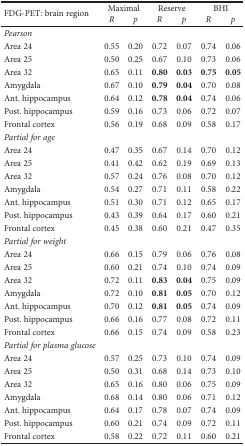
<table><thead><tr><td rowspan="2"><b>FDG-PET: brain region</b></td><td colspan="2"><b>Maximal</b></td><td colspan="2"><b>Reserve</b></td><td colspan="2"><b>BHI</b></td></tr><tr><td><b><i>R</i></b></td><td><b><i>p</i></b></td><td><b><i>R</i></b></td><td><b><i>p</i></b></td><td><b><i>R</i></b></td><td><b><i>p</i></b></td></tr></thead><tbody><tr><td><i>Pearson</i></td><td></td><td></td><td></td><td></td><td></td><td></td></tr><tr><td>Area 24</td><td>0.55</td><td>0.20</td><td>0.72</td><td>0.07</td><td>0.74</td><td>0.06</td></tr><tr><td>Area 25</td><td>0.50</td><td>0.25</td><td>0.67</td><td>0.10</td><td>0.73</td><td>0.06</td></tr><tr><td>Area 32</td><td>0.65</td><td>0.11</td><td><b>0.80</b></td><td><b>0.03</b></td><td><b>0.75</b></td><td><b>0.05</b></td></tr><tr><td>Amygdala</td><td>0.67</td><td>0.10</td><td><b>0.79</b></td><td><b>0.04</b></td><td>0.70</td><td>0.08</td></tr><tr><td>Ant. hippocampus</td><td>0.64</td><td>0.12</td><td><b>0.78</b></td><td><b>0.04</b></td><td>0.74</td><td>0.06</td></tr><tr><td>Post. hippocampus</td><td>0.59</td><td>0.16</td><td>0.73</td><td>0.06</td><td>0.72</td><td>0.07</td></tr><tr><td>Frontal cortex</td><td>0.56</td><td>0.19</td><td>0.68</td><td>0.09</td><td>0.58</td><td>0.17</td></tr><tr><td><i>Partial for age</i></td><td></td><td></td><td></td><td></td><td></td><td></td></tr><tr><td>Area 24</td><td>0.47</td><td>0.35</td><td>0.67</td><td>0.14</td><td>0.70</td><td>0.12</td></tr><tr><td>Area 25</td><td>0.41</td><td>0.42</td><td>0.62</td><td>0.19</td><td>0.69</td><td>0.13</td></tr><tr><td>Area 32</td><td>0.57</td><td>0.24</td><td>0.76</td><td>0.08</td><td>0.70</td><td>0.12</td></tr><tr><td>Amygdala</td><td>0.54</td><td>0.27</td><td>0.71</td><td>0.11</td><td>0.58</td><td>0.22</td></tr><tr><td>Ant. hippocampus</td><td>0.51</td><td>0.30</td><td>0.71</td><td>0.12</td><td>0.65</td><td>0.17</td></tr><tr><td>Post. hippocampus</td><td>0.43</td><td>0.39</td><td>0.64</td><td>0.17</td><td>0.60</td><td>0.21</td></tr><tr><td>Frontal cortex</td><td>0.45</td><td>0.38</td><td>0.60</td><td>0.21</td><td>0.47</td><td>0.35</td></tr><tr><td><i>Partial for weight</i></td><td></td><td></td><td></td><td></td><td></td><td></td></tr><tr><td>Area 24</td><td>0.66</td><td>0.15</td><td>0.79</td><td>0.06</td><td>0.76</td><td>0.08</td></tr><tr><td>Area 25</td><td>0.60</td><td>0.21</td><td>0.74</td><td>0.10</td><td>0.74</td><td>0.09</td></tr><tr><td>Area 32</td><td>0.72</td><td>0.11</td><td><b>0.83</b></td><td><b>0.04</b></td><td>0.75</td><td>0.09</td></tr><tr><td>Amygdala</td><td>0.72</td><td>0.10</td><td><b>0.81</b></td><td><b>0.05</b></td><td>0.70</td><td>0.12</td></tr><tr><td>Ant. hippocampus</td><td>0.70</td><td>0.12</td><td><b>0.81</b></td><td><b>0.05</b></td><td>0.74</td><td>0.09</td></tr><tr><td>Post. hippocampus</td><td>0.66</td><td>0.16</td><td>0.77</td><td>0.08</td><td>0.72</td><td>0.11</td></tr><tr><td>Frontal cortex</td><td>0.66</td><td>0.15</td><td>0.74</td><td>0.09</td><td>0.58</td><td>0.23</td></tr><tr><td><i>Partial for plasma glucose</i></td><td></td><td></td><td></td><td></td><td></td><td></td></tr><tr><td>Area 24</td><td>0.57</td><td>0.25</td><td>0.73</td><td>0.10</td><td>0.74</td><td>0.09</td></tr><tr><td>Area 25</td><td>0.50</td><td>0.31</td><td>0.68</td><td>0.14</td><td>0.73</td><td>0.10</td></tr><tr><td>Area 32</td><td>0.65</td><td>0.16</td><td>0.80</td><td>0.06</td><td>0.75</td><td>0.09</td></tr><tr><td>Amygdala</td><td>0.68</td><td>0.14</td><td>0.80</td><td>0.06</td><td>0.71</td><td>0.12</td></tr><tr><td>Ant. hippocampus</td><td>0.64</td><td>0.17</td><td>0.78</td><td>0.07</td><td>0.74</td><td>0.09</td></tr><tr><td>Post. hippocampus</td><td>0.60</td><td>0.21</td><td>0.74</td><td>0.09</td><td>0.72</td><td>0.11</td></tr><tr><td>Frontal cortex</td><td>0.58</td><td>0.22</td><td>0.72</td><td>0.11</td><td>0.60</td><td>0.21</td></tr></tbody></table>